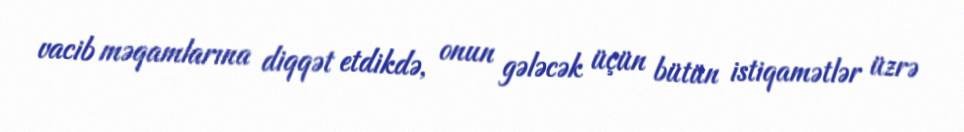
vacib məqamlarına diqqət etdikdə, onun gələcək üçün bütün istiqamətlər üzrə